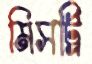
মিসট্রি